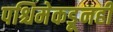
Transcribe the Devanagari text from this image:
पश्चिमेकडूनही